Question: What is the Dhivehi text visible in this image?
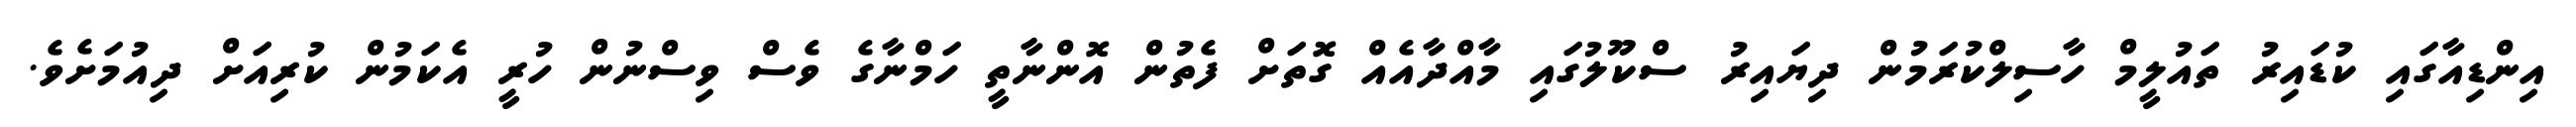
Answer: އިންޑިއާގައި ކުޑައިރު ތައުލީމް ހާސިލްކުރަމުން ދިޔައިރު ސްކޫލުގައި މާއްދާއެއް ގޮތަށް ފެތުން އޮންނާތީ ހަމްނާގެ ވެސް ވިސްނުން ހުރީ އެކަމުން ކުރިއަށް ދިއުމަށެވެ.